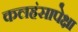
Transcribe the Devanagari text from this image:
कलहंसापेक्षा